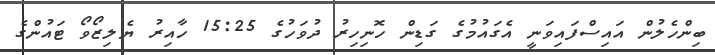
ބިންހެލުން އައިސްފައިވަނީ އެގައުމުގެ ގަޑިން ހޮނިހިރު ދުވަހުގެ 15:25 ހާއިރު ޔެލިޒޯވޯ ޓައުންގެ